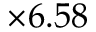
\times 6 . 5 8